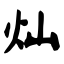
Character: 灿